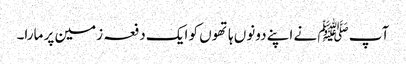
آپ ﷺ نے اپنے دونوں ہاتھوں کو ایک دفعہ زمین پر مارا۔